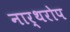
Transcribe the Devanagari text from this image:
नार्थरोप